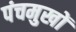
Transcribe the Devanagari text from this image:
पंचमुखों